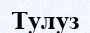
Тулуз